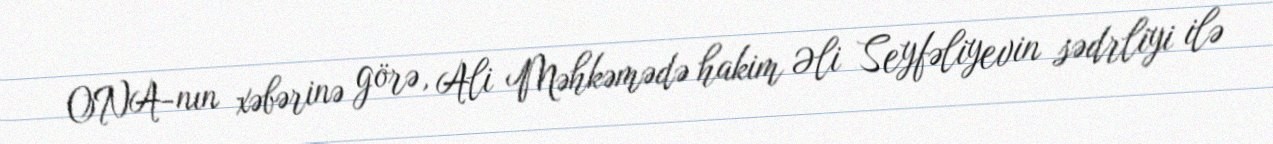
ONA-nın xəbərinə görə, Ali Məhkəmədə hakim Əli Seyfəliyevin sədrliyi ilə